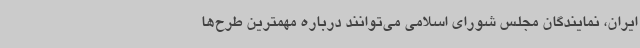
ایران، نمایندگان مجلس شورای اسلامی می‌توانند درباره مهمترین طرح‌ها